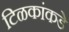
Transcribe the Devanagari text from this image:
टिळकांकडे